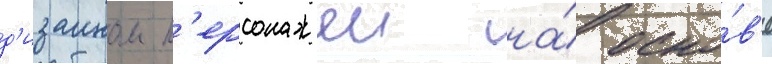
д'изаином п'ерсонажеи на́ осно́в'е